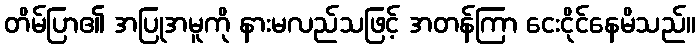
တိမ်ပြာ၏ အပြုအမူကို နားမလည်သဖြင့် အတန်ကြာ ငေးငိုင်နေမိသည်။